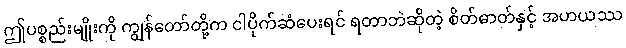
ဤပစ္စည်းမျိုးကို ကျွန်တော်တို့က ငါပိုက်ဆံပေးရင် ရတာဘဲဆိုတဲ့ စိတ်ဓာတ်နှင့် အဟယဿ